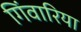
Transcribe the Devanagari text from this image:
गिंवारिया